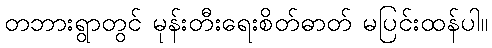
တဘားရွာတွင် မုန်းတီးရေးစိတ်ဓာတ် မပြင်းထန်ပါ။